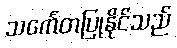
သင်္ကေတပြုနိုင်သည်